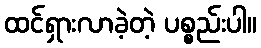
ထင်ရှားလာခဲ့တဲ့ ပစ္စည်းပါ။